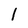
Character: l